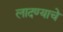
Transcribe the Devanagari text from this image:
लादण्याचे